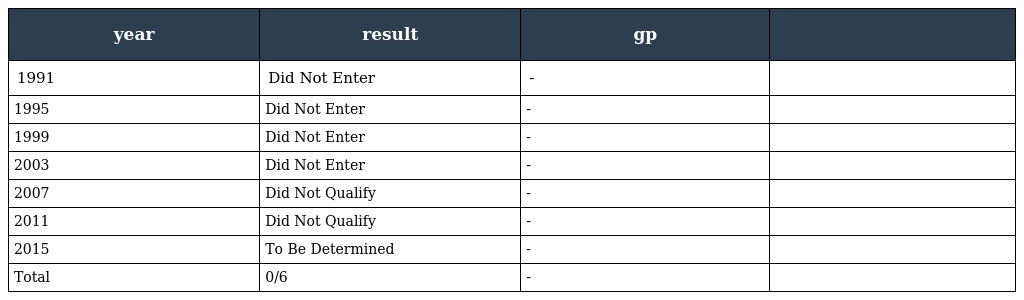
| year | result | gp |  |
 | --- | --- | --- | --- |
 | 1991 | Did Not Enter | - |  |
 | 1995 | Did Not Enter | - |  |
 | 1999 | Did Not Enter | - |  |
 | 2003 | Did Not Enter | - |  |
 | 2007 | Did Not Qualify | - |  |
 | 2011 | Did Not Qualify | - |  |
 | 2015 | To Be Determined | - |  |
 | Total | 0/6 | - |  |